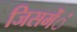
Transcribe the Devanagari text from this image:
जिसमेंंं